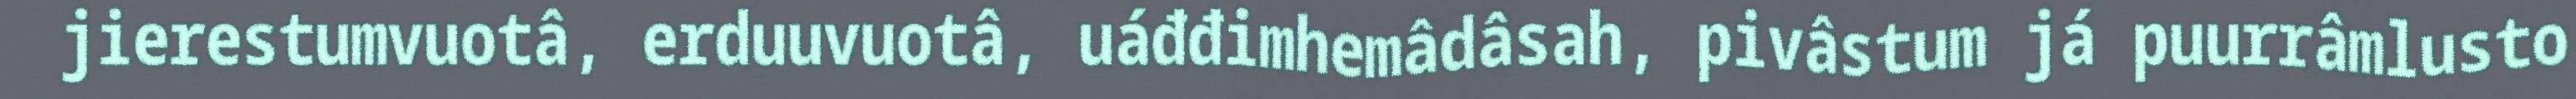
jierestumvuotâ, erduuvuotâ, uáđđimhemâdâsah, pivâstum já puurrâmlusto